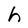
Character: h